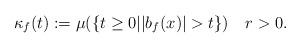
LaTeX: \begin{align*}\kappa_f(t):=\mu(\{t\geq0| |b_f(x)|>t\})\,\,\,\,\,\,r>0.\end{align*}